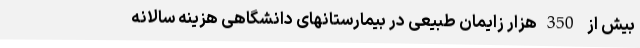
بیش از 350هزار زایمان طبیعی در بیمارستانهای دانشگاهی هزینه سالانه